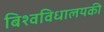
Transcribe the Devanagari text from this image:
बिश्वविधालयकी